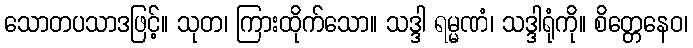
သောတပသာဒဖြင့်။ သုတ၊ ကြားထိုက်သော။ သဒ္ဒါ ရမ္မဏံ၊ သဒ္ဒါရုံကို။ စိတ္တေနေဝ၊